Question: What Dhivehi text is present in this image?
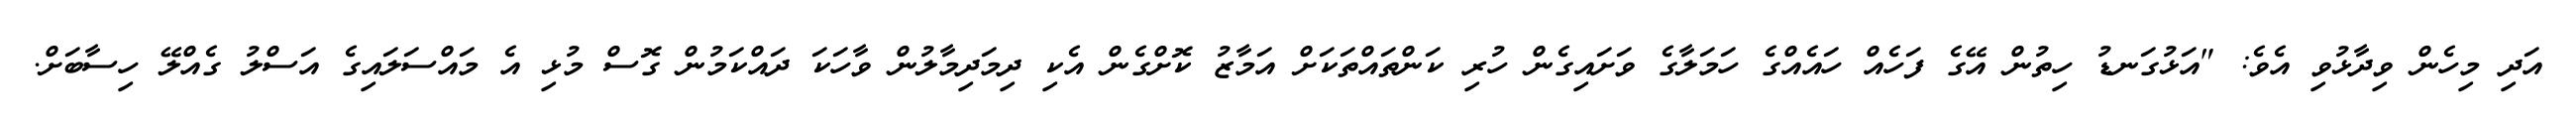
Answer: އަދި މިހެން ވިދާޅުވި އެވެ: "އަޅުގަނޑު ހިތުން އޭގެ ފަހެއް ހައެއްގެ ހަމަލާގެ ވަށައިގެން ހުރި ކަންތައްތަކަށް އަމާޒު ކޮށްގެން އެކި ދިމަދިމާލުން ވާހަކަ ދައްކަމުން ގޮސް މުޅި އެ މައްސަލައިގެ އަސްލު ގެއްލޭ ހިސާބަށް.